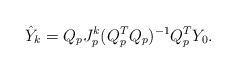
LaTeX: \begin{align*}\hat Y_k=Q_pJ_p^k(Q_p^TQ_p)^{-1}Q_p^TY_0.\end{align*}